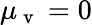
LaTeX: \mu_{\mathrm{~v~}}=0